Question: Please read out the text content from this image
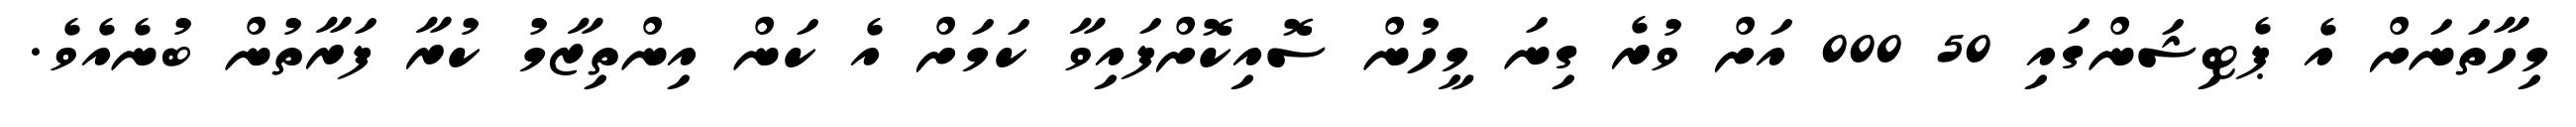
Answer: މިހާތަނަށް އެ ޕެޓިޝަންގައި 50 000 އަށް ވުރެ ގިނަ މީހުން ސޮއިކޮށްފައިވާ ކަމަށް އެ ކަން އިންތިޒާމު ކުރާ ފަރާތުން ބުނެއެވެ.